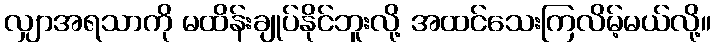
လျှာအရသာကို မထိန်းချုပ်နိုင်ဘူးလို့ အထင်သေးကြလိမ့်မယ်လို့။